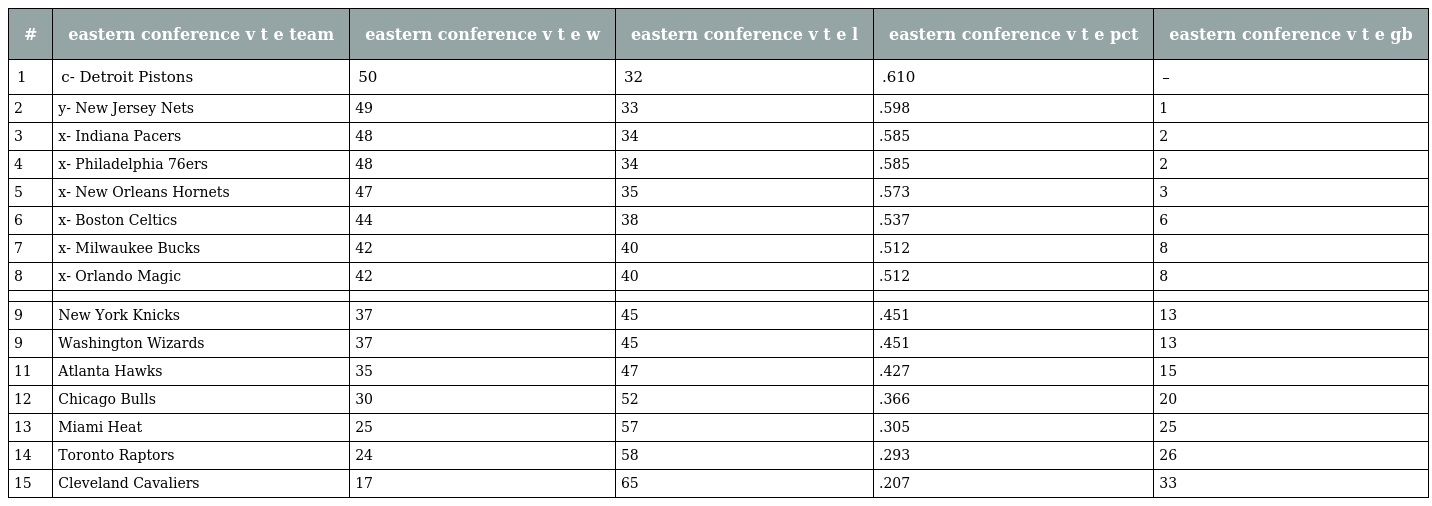
| # | eastern conference v t e team | eastern conference v t e w | eastern conference v t e l | eastern conference v t e pct | eastern conference v t e gb |
 | --- | --- | --- | --- | --- | --- |
 | 1 | c- Detroit Pistons | 50 | 32 | .610 | – |
 | 2 | y- New Jersey Nets | 49 | 33 | .598 | 1 |
 | 3 | x- Indiana Pacers | 48 | 34 | .585 | 2 |
 | 4 | x- Philadelphia 76ers | 48 | 34 | .585 | 2 |
 | 5 | x- New Orleans Hornets | 47 | 35 | .573 | 3 |
 | 6 | x- Boston Celtics | 44 | 38 | .537 | 6 |
 | 7 | x- Milwaukee Bucks | 42 | 40 | .512 | 8 |
 | 8 | x- Orlando Magic | 42 | 40 | .512 | 8 |
 |  |  |  |  |  |  |
 | 9 | New York Knicks | 37 | 45 | .451 | 13 |
 | 9 | Washington Wizards | 37 | 45 | .451 | 13 |
 | 11 | Atlanta Hawks | 35 | 47 | .427 | 15 |
 | 12 | Chicago Bulls | 30 | 52 | .366 | 20 |
 | 13 | Miami Heat | 25 | 57 | .305 | 25 |
 | 14 | Toronto Raptors | 24 | 58 | .293 | 26 |
 | 15 | Cleveland Cavaliers | 17 | 65 | .207 | 33 |